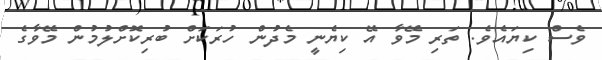
ވެސް ކިޔައެވެ. ތަރި މޭވާ އޭ ކިޔެނީ މެދުން ހުރަކަށް ބުރިކޮށްލުމުން މޭވާގެ